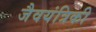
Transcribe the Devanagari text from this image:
जैवयंत्रिकी